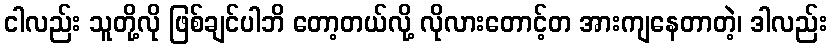
ငါလည်း သူတို့လို ဖြစ်ချင်ပါဘိ တော့တယ်လို့ လိုလားတောင့်တ အားကျနေတာတဲ့၊ ဒါလည်း